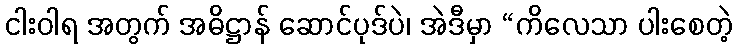
ငါးဝါရ အတွက် အဓိဋ္ဌာန် ဆောင်ပုဒ်ပဲ၊ အဲဒီမှာ “ကိလေသာ ပါးစေတဲ့